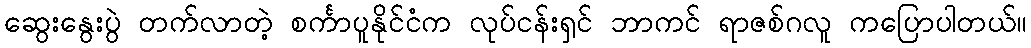
ဆွေးနွေးပွဲ တက်လာတဲ့ စင်္ကာပူနိုင်ငံက လုပ်ငန်းရှင် ဘာကင် ရာဇစ်ဂလူ ကပြောပါတယ်။